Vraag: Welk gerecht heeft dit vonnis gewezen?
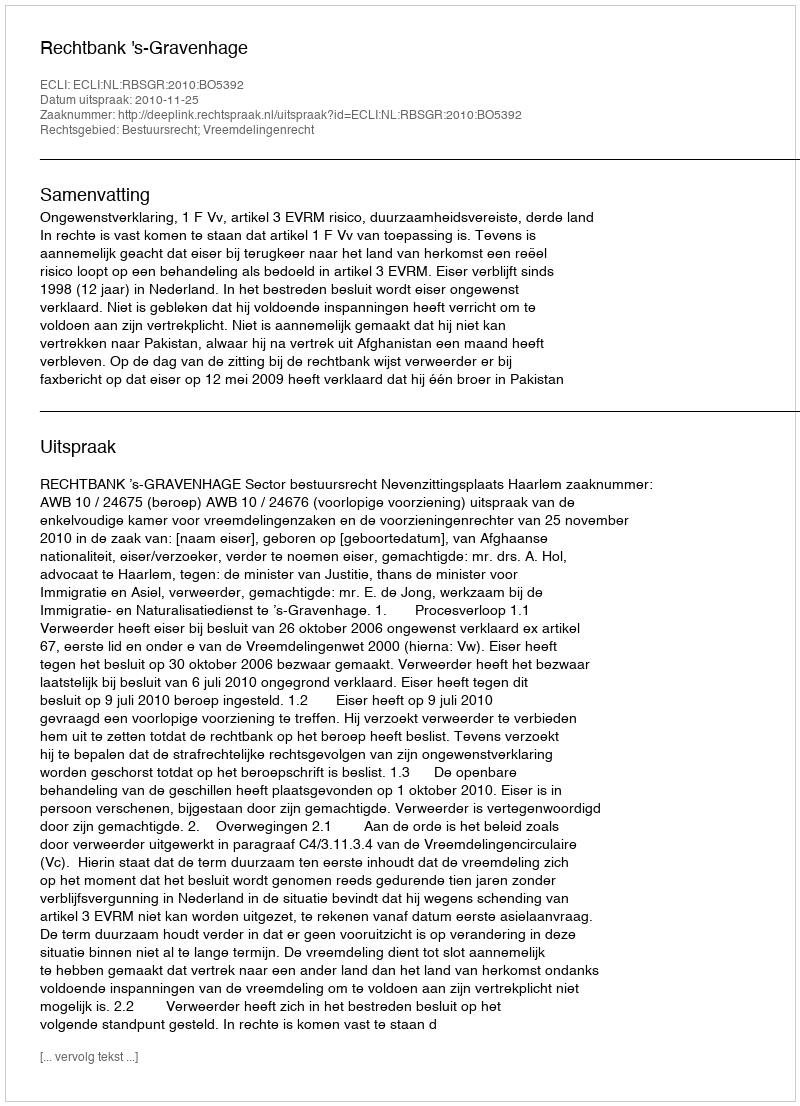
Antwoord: Rechtbank 's-Gravenhage